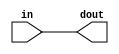
module dp_buffer_1(dout, in);
parameter SIZE = 1;
output 	[SIZE-1:0] 	dout;
input	[SIZE-1:0]	in;
assign dout = in;
endmodule